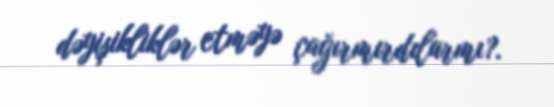
dəyişikliklər etməyə çağırmırdılarmı?.